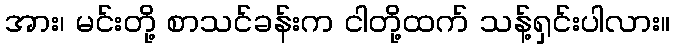
အား၊ မင်းတို့ စာသင်ခန်းက ငါတို့ထက် သန့်ရှင်းပါလား။